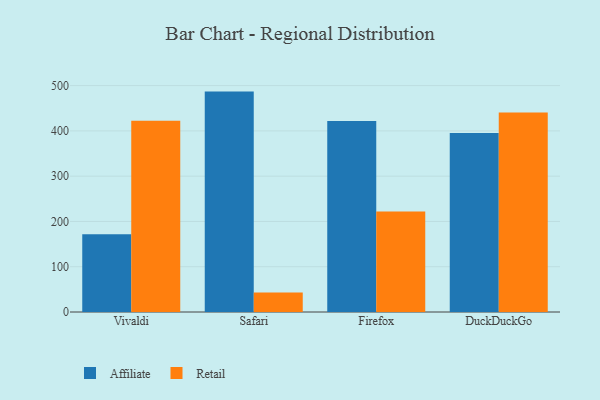
{"axis": {"x": "Browser", "y": "Demand Index"}, "legend": ["Affiliate", "Retail"], "data": [{"x": "Vivaldi", "y": 171.6, "type": "Affiliate"}, {"x": "Vivaldi", "y": 422.3, "type": "Retail"}, {"x": "Safari", "y": 486.8, "type": "Affiliate"}, {"x": "Safari", "y": 42.8, "type": "Retail"}, {"x": "Firefox", "y": 421.9, "type": "Affiliate"}, {"x": "Firefox", "y": 221.8, "type": "Retail"}, {"x": "DuckDuckGo", "y": 395.2, "type": "Affiliate"}, {"x": "DuckDuckGo", "y": 440.8, "type": "Retail"}]}